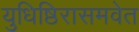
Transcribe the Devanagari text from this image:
युधिष्ठिरासमवेत